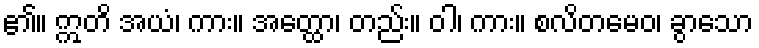
၏။ ဣတိ အယံ၊ ကား။ အတ္ထော၊ တည်း။ ဝါ၊ ကား။ စလိတမေဝ၊ ခွာသော